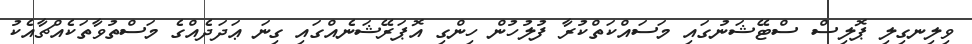
ވިލިނގިލި ޕޮލިސް ސްޓޭޝަނުގައި މަސައްކަތްކުރާ ފުލުހުން ހިންގި އޮޕަރޭޝަނެއްގައި ގިނަ ޢަދަދެއްގެ މަސްތުވާތަކެއްޗާއެކު